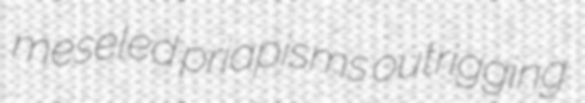
meseled priapisms outrigging